King Institute of Preventive Medicine Micro-Biological Section reports 1909-11
Year: 1909
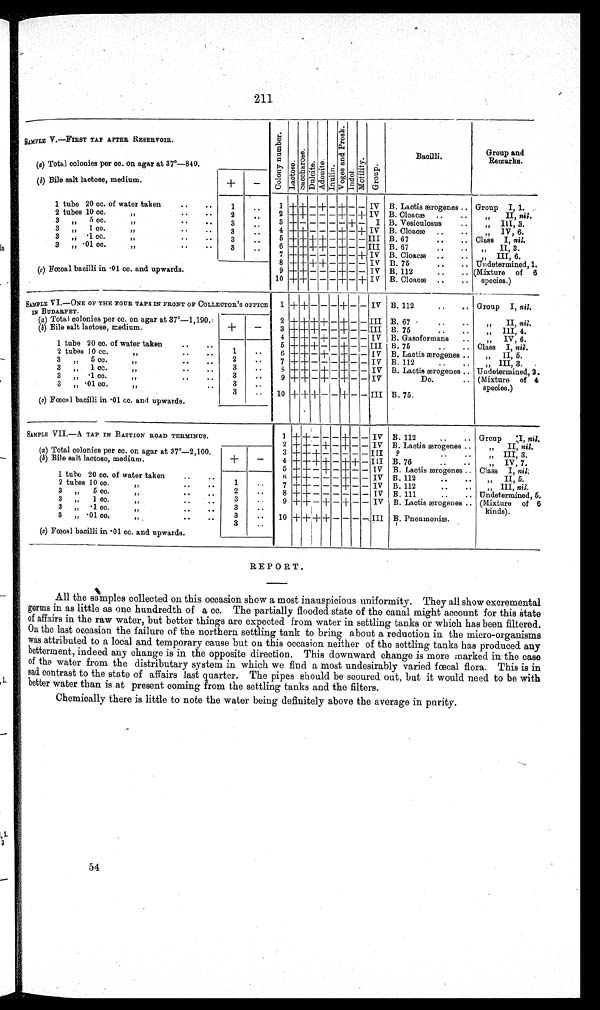
211
SAMPLE V. - FI RST TAP AFTER RESERVOI R.
C o l o n y n u m b e r .
L a c t o s e .
S a c c h a r o s e .
D u l c i t e .
A d o n i t e .
I n u l i n .
V o g a s a n d P r o s k .
I n d o l .
M o t i l i t y . G r o u p .
Bacilli.
Group and
Remarks.
(a) Total colonies per cc. on agar at 37°-840.
(b) Bile salt lactose, medium.
+
-
B. Lactis ærogenes.
1 + + - + - + - - IV
Group I, 1.
1 tube 20 cc. of water taken
..
.
1
. .
B. Cloacæ) ..
2 tubes 10 cc.
, ,
2
. . 2 + + - - - + - + IV
I I,
n i l
III, 3.
3.,,
5 cc.
,,
..
. . .
3
..
3 + - - - - - + - I B. Vesiculosus
..
3.,,
1 cc.
,,
..
3
. . 4 + +
- - - + - + IV B. Cloacæ ..
..
„ IV, 6.
3.„ .1 cc.
,,
..
3
..
5 ++ + +
++ - - + - - III B. 67
..
.. Class I, nil.
B. 67..
II 3
3.„ .01cc.
,,
..
3
..
6 + + + + - + - - I I I
B. Cloacæ ..
.. , III, 6.
7 + + - - - + - + IV
Undetermined,1.
8 + + +
++ - + + - - I V B. 75
..
..
(c) Fœal bacilli in 01 cc. and upwards.
9 + + - - - + - - IV B. 112
..
.. (Mixture of 6
B. Cloacæ ..
..
10 + ++ - - - + - + IV
species.)
SAMPLE VI.-ONE OF THE FOUR TAPS IN FRONT OF COLLECTOR'S OFFICE
IN BUDARPET.
1 + + - - - + - - IV B. 112
..
.. Group I, nil.
B. 67
..
.
II, nil.
2 + + + + - + - - III
(a ) Total colonies per cc. on agar at 37°-1,190.
III, 4.
3 + + + - - + - - III B 75
..
..
(b) Bile salt lactose, medium.
+
-
IV, 6.
4 + + - + - - - - IV B. Gasoformans ..
1 tube 20 cc.of water taken
..
..
„
Class I, nil.
B. 75
..
..
5 + + + - - + - - III B. Lactis ærogenes ..
6 +
+
- + - + - - IV
II, 5.
2 tubes 10cc
,,
..
..
1
. .
B. 112..
III 3.
3
5 cc.
. .
..
2
. .
7 + + - - - + - - IV
3 „ 1 cc
..
..
3
. .
8 +
±
- + - + - - IV B. Lactis ærogenes .. Undetermined,2.
3
·1 cc
..
..
3
. .
9 + + - + - + - - IV
(Mixture of 4
Do.
..
3 „ ·01 cc
..
3
. .
species.)
B. 75.
10 + + + - - + - - III
3
. .
(c) Fœcal bacilli in .01 cc. and upwards.
SAMPLE VII.-A TAP IN BASTION ROAD TERMINUS.
1
+ + - - - + - - IV B. 112
..
.. Group I, nil.
„ II, nil.
B. Laotis ærogenes ..
2 + + - + - + - - IV
(a) Total colonies per cc. on agar at 37°-2,100.
3 + + + - - - - - III ,, .. ..
„ III, 3.
B. 76
..
..
„ IV, 7.
(b) Bile salt lactose, medium.
+
-
4 + + +
- + + - III
5 ++ + - + - + - - IV
Class I, nil;
B. Lactis ærogenes ..
1 tube 20 cc. of water taken
..
..
1
. .
B. 112
6 + + - - - + - - IV
II, 5
2 tubes 10 cc
,,
.. ..
2
. .
B. 112
III, nil.
7 + + - - - + - - IV
3 ..
5 cc
„
..
..
3
. .
B. 111
..
.. Undetermined, 5.
8 + + - + - + - - IV
9 + + - + - + - - IV
3 .„ 1 cc
,,
. . .
. .
3
. .
(Mixture of 6
B. Lactis ærogenes .. kinds).
3 „ .1 cc.
II.
. . .
3
..
B. Pneumoniæ.
10 + +
+
+ - - - - III
3 „ .01 co
,,
. .
3
. .
(c) Fœcal bacilli in .01 cc. and upwards.
REPORT.
All the samples collected on this occasion show a most inauspicious uniformity. They all show excremental
germs in as little as one hundredth of a cc. The partially flooded state of the canal might account for this State
of affairs in the raw water, but better things are expected from water in settling tanks or which has been filtered.
On the last occasion the failure of the northern settling tank to bring about a reduction in the micro-organisms
was attributed to a local and temporary cause but on this occasion neither of the settling tanks has produced any
betterment, indeed any change is in the opposite direction. This downward change is more marked in the case
of the water from the distributary system in which we find a most undesirably varied fœcal flora. This is in
sad contrast to the state of affairs last quarter. The pipes should be scoured out, but it would need to be with
better water than is at present coming from the settling tanks and the filters.
Chemically there is little to note the water being definitely above the average in purity.
54